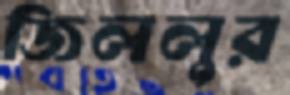
জিললুর